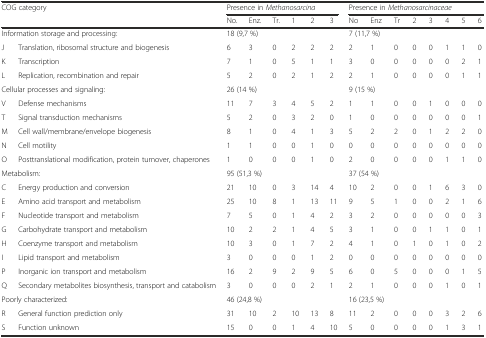
<table><thead><tr><td colspan="2"><b>COG category</b></td><td colspan="6"><b>Presence in <i>Methanosarcina</i></b></td><td colspan="8"><b>Presence in <i>Methanosarcinaceae</i></b></td></tr><tr><td></td><td></td><td><b>No.</b></td><td><b>Enz.</b></td><td><b>Tr.</b></td><td><b>1</b></td><td><b>2</b></td><td><b>3</b></td><td><b>No</b></td><td><b>Enz</b></td><td><b>Tr</b></td><td><b>2</b></td><td><b>3</b></td><td><b>4</b></td><td><b>5</b></td><td><b>6</b></td></tr></thead><tbody><tr><td colspan="2">Information storage and processing:</td><td colspan="6">18 (9,7 %)</td><td colspan="8">7 (11,7 %)</td></tr><tr><td>J</td><td>Translation, ribosomal structure and biogenesis</td><td>6</td><td>3</td><td>0</td><td>2</td><td>2</td><td>2</td><td>2</td><td>1</td><td>0</td><td>0</td><td>0</td><td>1</td><td>1</td><td>0</td></tr><tr><td>K</td><td>Transcription</td><td>7</td><td>1</td><td>0</td><td>5</td><td>1</td><td>1</td><td>3</td><td>0</td><td>0</td><td>0</td><td>0</td><td>0</td><td>2</td><td>1</td></tr><tr><td>L</td><td>Replication, recombination and repair</td><td>5</td><td>2</td><td>0</td><td>2</td><td>1</td><td>2</td><td>2</td><td>1</td><td>0</td><td>0</td><td>0</td><td>0</td><td>1</td><td>1</td></tr><tr><td colspan="2">Cellular processes and signaling:</td><td colspan="6">26 (14 %)</td><td colspan="8">9 (15 %)</td></tr><tr><td>V</td><td>Defense mechanisms</td><td>11</td><td>7</td><td>3</td><td>4</td><td>5</td><td>2</td><td>1</td><td>1</td><td>0</td><td>0</td><td>1</td><td>0</td><td>0</td><td>0</td></tr><tr><td>T</td><td>Signal transduction mechanisms</td><td>5</td><td>2</td><td>0</td><td>3</td><td>2</td><td>0</td><td>1</td><td>0</td><td>0</td><td>0</td><td>0</td><td>0</td><td>0</td><td>1</td></tr><tr><td>M</td><td>Cell wall/membrane/envelope biogenesis</td><td>8</td><td>1</td><td>0</td><td>4</td><td>1</td><td>3</td><td>5</td><td>2</td><td>2</td><td>0</td><td>1</td><td>2</td><td>2</td><td>0</td></tr><tr><td>N</td><td>Cell motility</td><td>1</td><td>1</td><td>0</td><td>0</td><td>1</td><td>0</td><td>0</td><td>0</td><td>0</td><td>0</td><td>0</td><td>0</td><td>0</td><td>0</td></tr><tr><td>O</td><td>Posttranslational modification, protein turnover, chaperones</td><td>1</td><td>0</td><td>0</td><td>0</td><td>1</td><td>0</td><td>2</td><td>0</td><td>0</td><td>0</td><td>0</td><td>1</td><td>1</td><td>0</td></tr><tr><td colspan="2">Metabolism:</td><td colspan="6">95 (51,3 %)</td><td colspan="8">37 (54 %)</td></tr><tr><td>C</td><td>Energy production and conversion</td><td>21</td><td>10</td><td>0</td><td>3</td><td>14</td><td>4</td><td>10</td><td>2</td><td>0</td><td>0</td><td>1</td><td>6</td><td>3</td><td>0</td></tr><tr><td>E</td><td>Amino acid transport and metabolism</td><td>25</td><td>10</td><td>8</td><td>1</td><td>13</td><td>11</td><td>9</td><td>5</td><td>1</td><td>0</td><td>0</td><td>2</td><td>1</td><td>6</td></tr><tr><td>F</td><td>Nucleotide transport and metabolism</td><td>7</td><td>5</td><td>0</td><td>1</td><td>4</td><td>2</td><td>3</td><td>2</td><td>0</td><td>0</td><td>0</td><td>0</td><td>0</td><td>3</td></tr><tr><td>G</td><td>Carbohydrate transport and metabolism</td><td>10</td><td>2</td><td>2</td><td>1</td><td>4</td><td>5</td><td>3</td><td>1</td><td>0</td><td>0</td><td>1</td><td>1</td><td>0</td><td>1</td></tr><tr><td>H</td><td>Coenzyme transport and metabolism</td><td>10</td><td>3</td><td>0</td><td>1</td><td>7</td><td>2</td><td>4</td><td>1</td><td>0</td><td>1</td><td>0</td><td>1</td><td>0</td><td>2</td></tr><tr><td>I</td><td>Lipid transport and metabolism</td><td>3</td><td>0</td><td>0</td><td>0</td><td>1</td><td>2</td><td>0</td><td>0</td><td>0</td><td>0</td><td>0</td><td>0</td><td>0</td><td>0</td></tr><tr><td>P</td><td>Inorganic ion transport and metabolism</td><td>16</td><td>2</td><td>9</td><td>2</td><td>9</td><td>5</td><td>6</td><td>0</td><td>5</td><td>0</td><td>0</td><td>0</td><td>1</td><td>5</td></tr><tr><td>Q</td><td>Secondary metabolites biosynthesis, transport and catabolism</td><td>3</td><td>0</td><td>0</td><td>0</td><td>2</td><td>1</td><td>2</td><td>1</td><td>0</td><td>0</td><td>0</td><td>1</td><td>0</td><td>1</td></tr><tr><td colspan="2">Poorly characterized:</td><td colspan="6">46 (24,8 %)</td><td colspan="8">16 (23,5 %)</td></tr><tr><td>R</td><td>General function prediction only</td><td>31</td><td>10</td><td>2</td><td>10</td><td>13</td><td>8</td><td>11</td><td>2</td><td>0</td><td>0</td><td>0</td><td>3</td><td>2</td><td>6</td></tr><tr><td>S</td><td>Function unknown</td><td>15</td><td>0</td><td>0</td><td>1</td><td>4</td><td>10</td><td>5</td><td>0</td><td>0</td><td>0</td><td>0</td><td>1</td><td>3</td><td>1</td></tr></tbody></table>